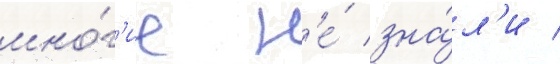
мно́г'ие н'е́ зна́л'и /